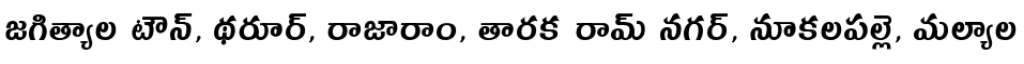
జగిత్యాల టౌన్, థరూర్, రాజారాం, తారక రామ్ నగర్, నూకలపల్లె, మల్యాల